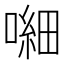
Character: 𱔕